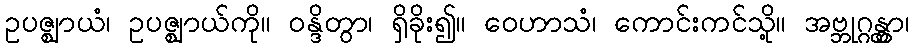
ဥပဇ္ဈာယံ၊ ဥပဇ္ဈာယ်ကို။ ဝန္ဒိတွာ၊ ရှိခိုး၍။ ဝေဟာသံ၊ ကောင်းကင်သို့။ အဗ္ဘုဂ္ဂန္တွာ၊